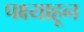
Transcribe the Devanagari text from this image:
पक्ष्याहून